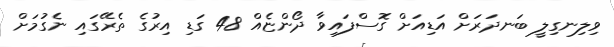
ވިލިނގިލީ ބަނދަރަށް އަޑިއަށް ގޮސްފައިވާ ދޯންޏެއް 48 ގަޑި އިރުގެ ތެރޭގައި ނެގުމަށް